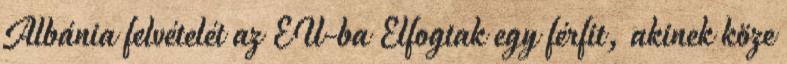
Albánia felvételét az EU-ba Elfogtak egy férfit, akinek köze